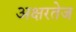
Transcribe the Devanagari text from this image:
अक्षरतेज